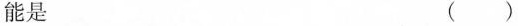
能是 ( )